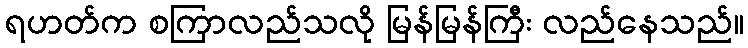
ရဟတ်က စကြာလည်သလို မြန်မြန်ကြီး လည်နေသည်။